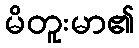
မိတူးမာ၏